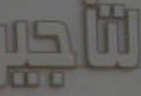
لتأجير